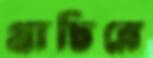
প্রাচিরে